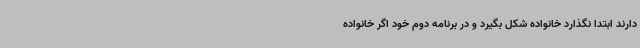
دارند ابتدا نگذارد خانواده شکل بگیرد و در برنامه دوم خود اگر خانواده